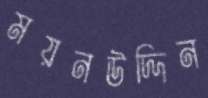
ময়নউদ্দিন